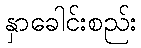
နှာခေါင်းစည်း